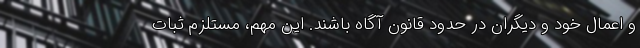
و اعمال خود و دیگران در حدود قانون آگاه باشند. این مهم، مستلزم ثبات